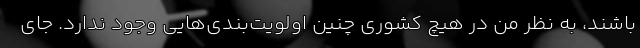
باشند، به نظر من در هیچ کشوری چنین اولویت‌‌بندی‌هایی وجود ندارد. جای